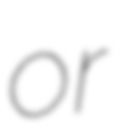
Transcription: or